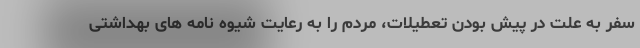
سفر به علت در پیش بودن تعطیلات، مردم را به رعایت شیوه نامه های بهداشتی